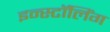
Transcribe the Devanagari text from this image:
इन्स्टॉलिंग